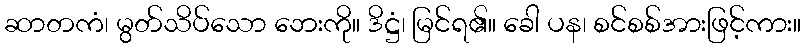
ဆာတကံ၊ မွတ်သိပ်သော ဘေးကို။ ဒိဋ္ဌံ၊ မြင်ရ၏။ ခေါ ပန၊ စင်စစ်အားဖြင့်ကား။